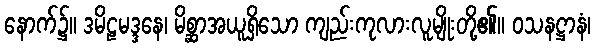
နောက်၌။ ဒမိဠမဒ္ဒနေ၊ မိစ္ဆာအယူရှိသော ကျည်းကုလားလူမျိုးတို့၏။ ဝသနဋ္ဌာနံ၊